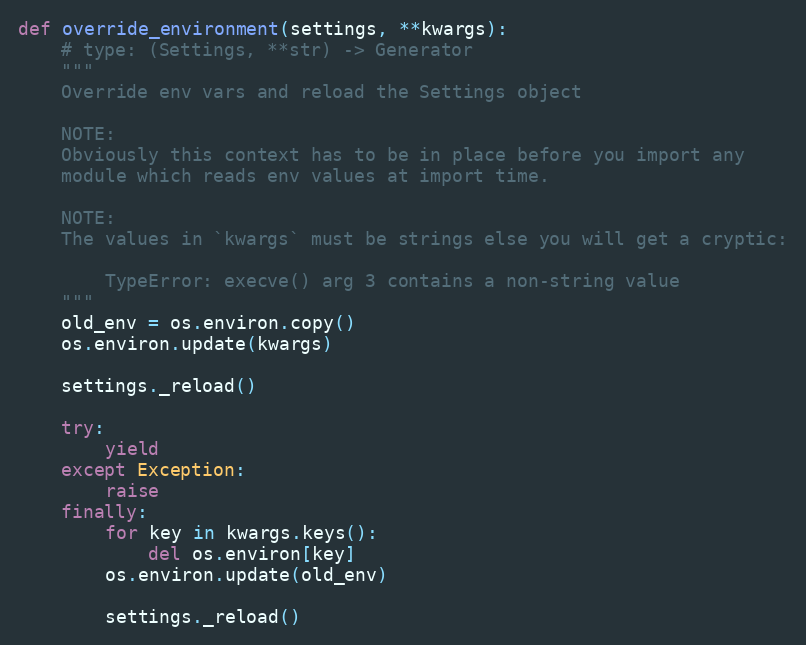
Language: Python
def override_environment(settings, **kwargs):
    # type: (Settings, **str) -> Generator
    """
    Override env vars and reload the Settings object

    NOTE:
    Obviously this context has to be in place before you import any
    module which reads env values at import time.

    NOTE:
    The values in `kwargs` must be strings else you will get a cryptic:

        TypeError: execve() arg 3 contains a non-string value
    """
    old_env = os.environ.copy()
    os.environ.update(kwargs)

    settings._reload()

    try:
        yield
    except Exception:
        raise
    finally:
        for key in kwargs.keys():
            del os.environ[key]
        os.environ.update(old_env)

        settings._reload()